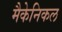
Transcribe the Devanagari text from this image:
मैकेनिकल